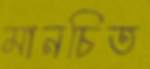
মানচিত